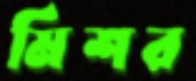
মিশর